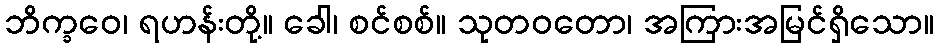
ဘိက္ခဝေ၊ ရဟန်းတို့။ ခေါ၊ စင်စစ်။ သုတဝတော၊ အကြားအမြင်ရှိသော။